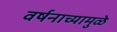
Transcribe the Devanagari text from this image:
वर्षनाच्यामुळे